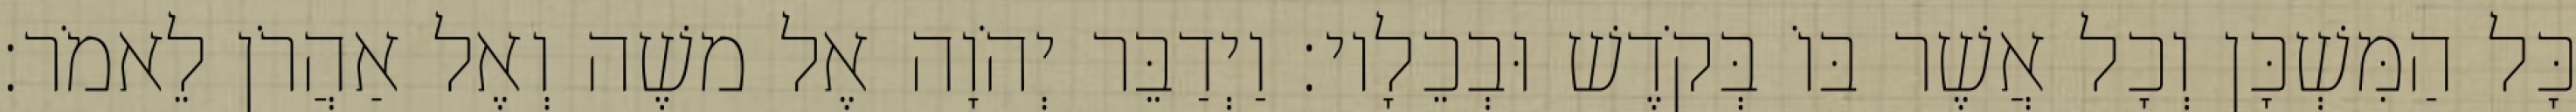
כָּל הַמִּשְׁכָּן וְכָל אֲשֶׁר בּוֹ בְּקֹדֶשׁ וּבְכֵלָיו׃ וַיְדַבֵּר יְהֹוָה אֶל משֶׁה וְאֶל אַהֲרֹן לֵאמֹר׃